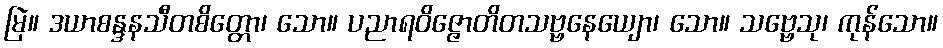
မြဲ။ ဒယာစန္ဒနသီတစိတ္တော၊ သော။ ပညာရဝိဇ္ဇောတိတသဗ္ဗနေယျော၊ သော။ သဗ္ဗေသု၊ ကုန်သော။